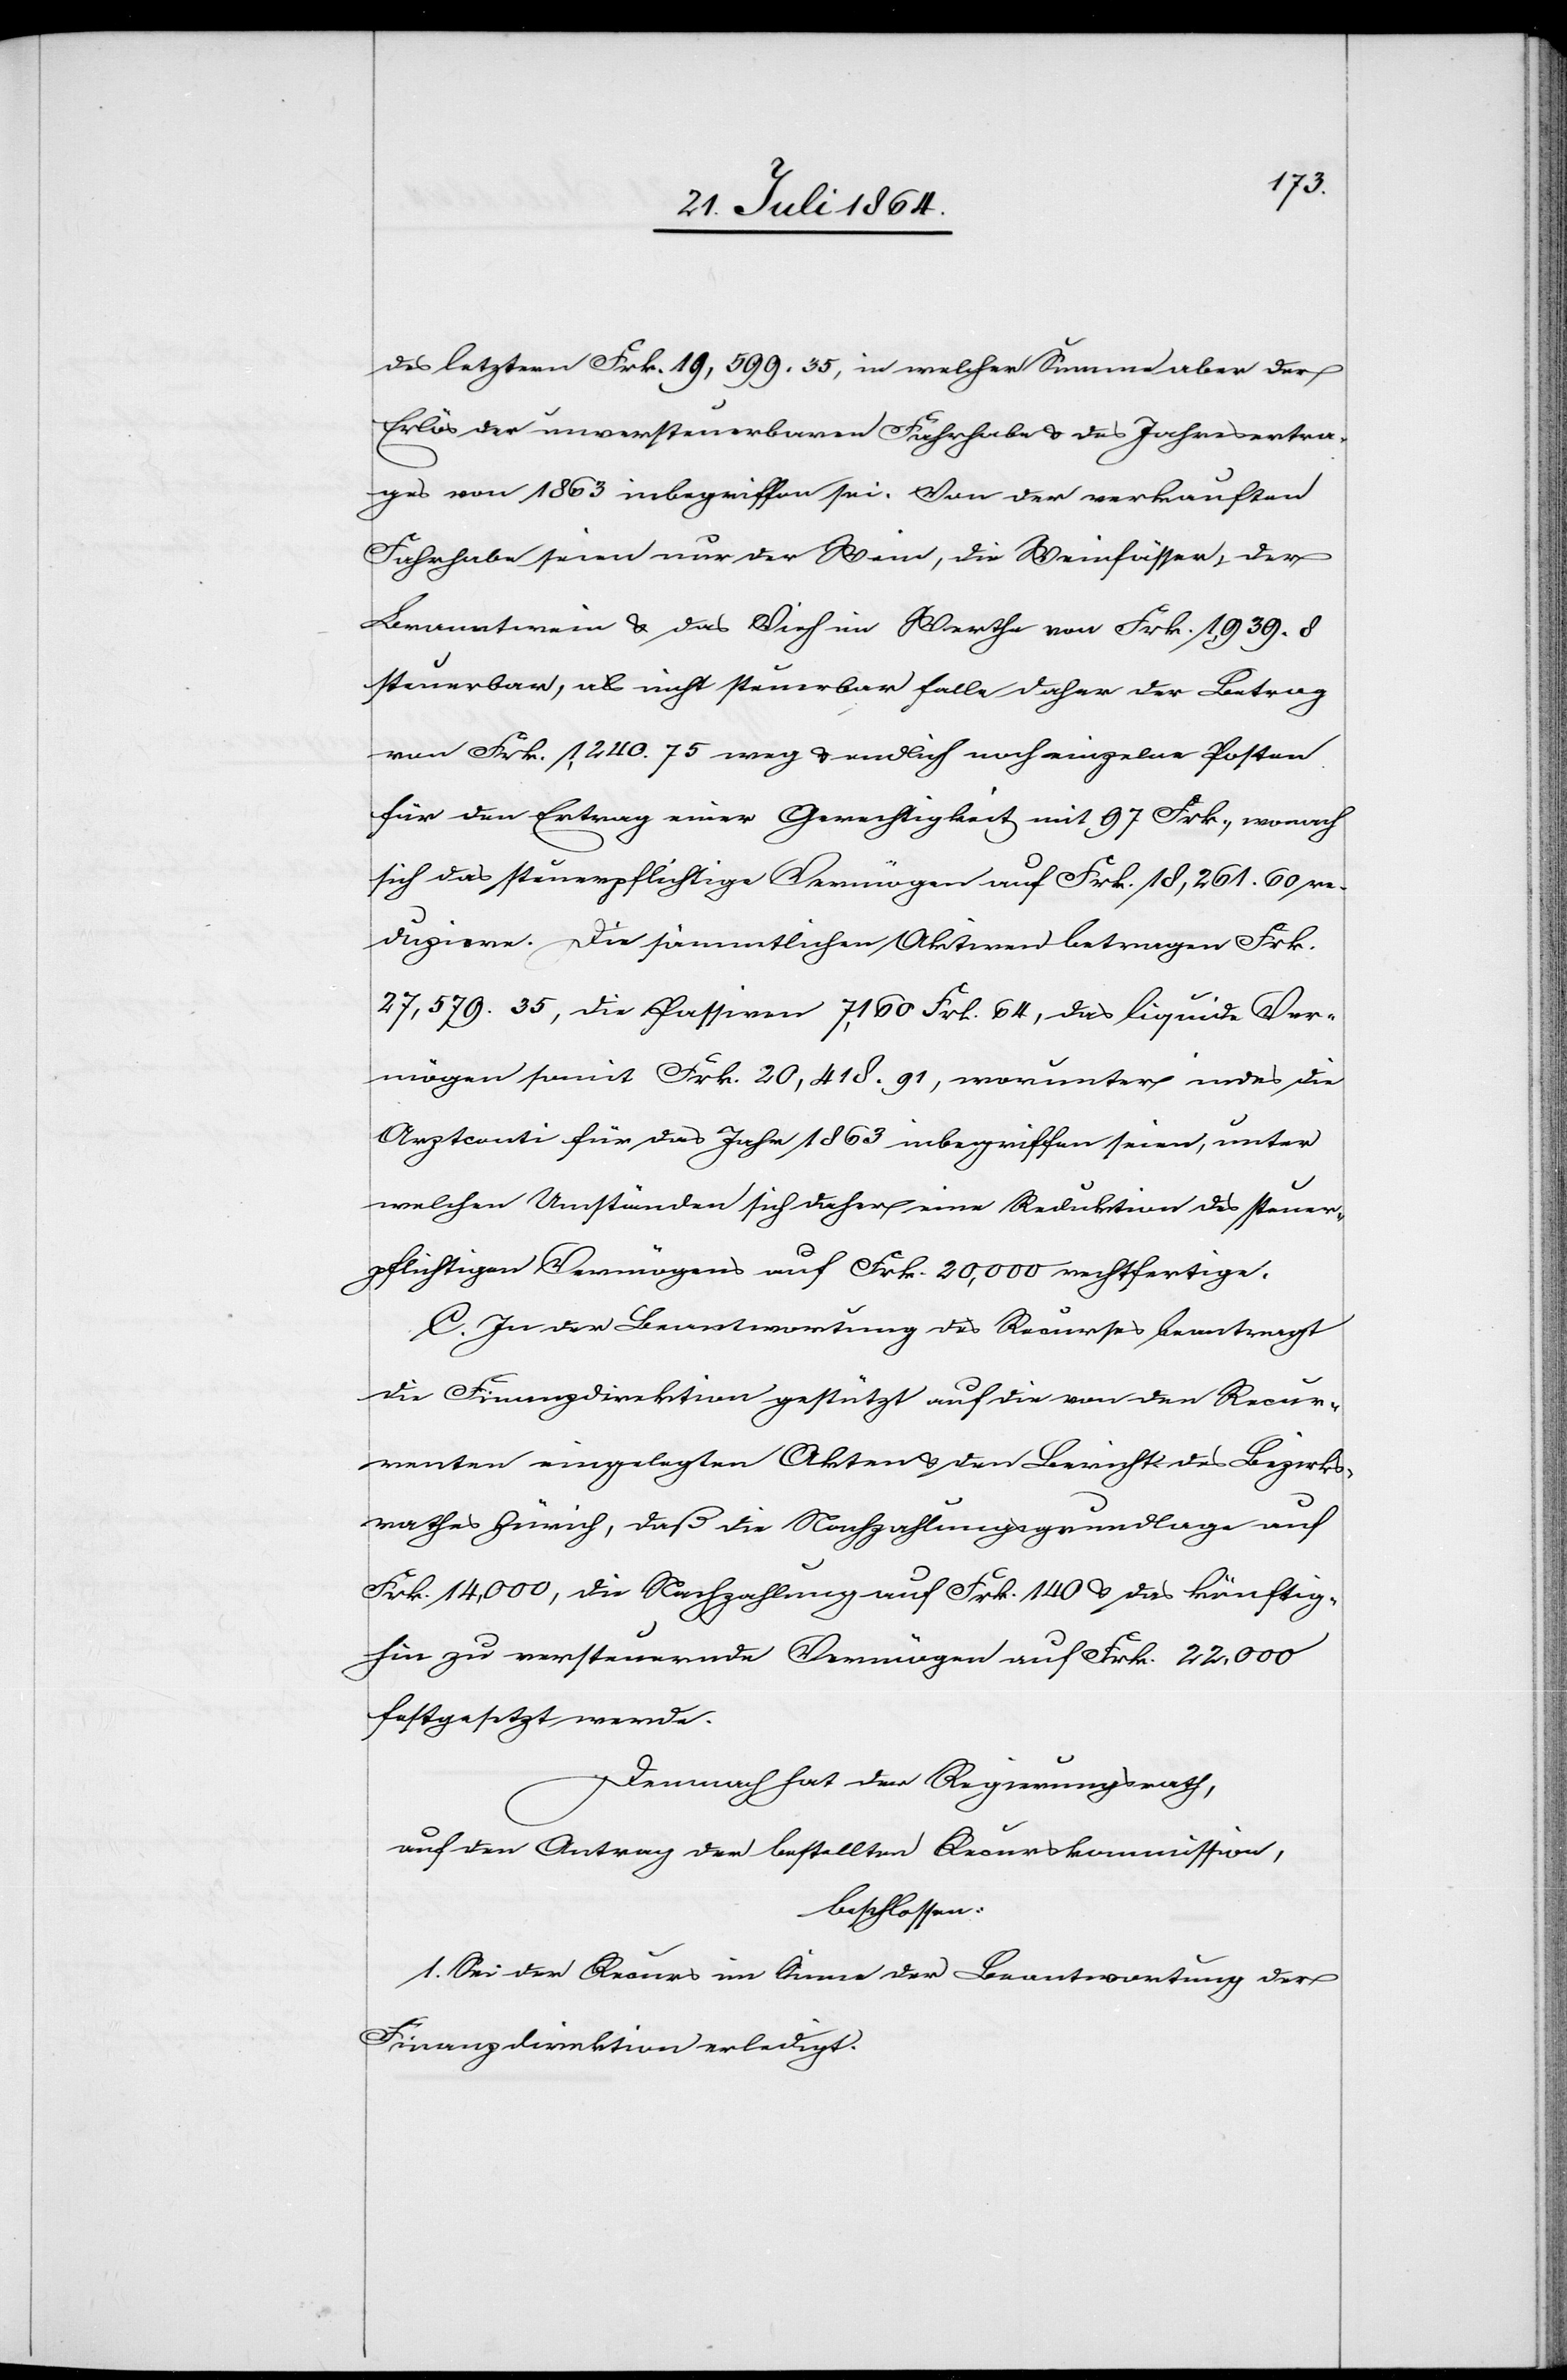
des letztern Frk. 19,599. 35, in welcher Summe aber der
Erlös der unversteuerbaren Fahrhabe u. des Jahresvertra¬
ges von 1863 inbegriffen sei. Von der verkauften
Fahrhabe seien nur der Wein, die Weinfässer, der
Branntwein u. das Vieh im Werthe von Frk. 1,939. 8
steuerbar, als nicht steuerbar falle daher der Betrag
von Frk. 1,240. 75 weg u. endlich noch einzelne Posten
für den Ertrag einer Gerechtigkeit mit 97 Frk., wonach
sich das steuerpflichtige Vermögen auf Frk. 18,261. 60 re¬
duziere. Die sämmtlichen Aktiven betragen Frk.
27,579. 35, die Passiven 7,160 Frk. 64, das liquide Ver¬
mögen somit Frk. 20,418. 91, worunter indes die
Arztconti für das Jahr 1863 inbegriffen seien, unter
welchen Umständen sich daher eine Reduktion des steuer¬
pflichtigen Vermögens auf Frk. 20,000 rechtfertige.
C. In der Beantwortung des Recurses beantragt
die Finanzdirektion gestützt auf die von den Recur¬
renten eingelegten Akten u. den Bericht des Bezirks¬
rathes Zürich, daß die Nachzahlungsgrundlage auf
Frk. 14,000, die Nachzahlung auf Frk. 140 u. das künftig¬
hin zu versteuernde Vermögen auf Frk. 22,000
festgesetzt werde.
Demnach hat der Regierungsrath,
auf den Antrag der bestellten Recurskommission,
beschlossen:
1. Sei der Recurs im Sinne der Beantwortung der
Finanzdirektion erledigt.